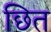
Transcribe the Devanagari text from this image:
छित